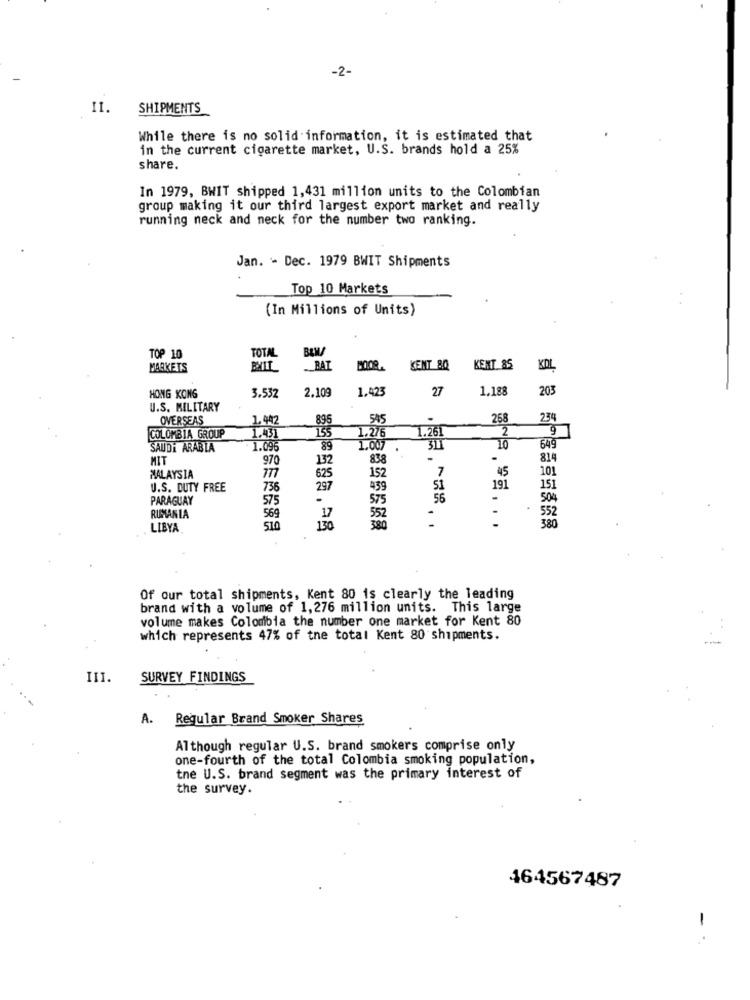
-2-
11.
SHIPMENTS
While there is no solid information, it is estimated that
in the current cigarette market, U.S. brands hold a 25%
share.
In 1979, BWIT shipped 1,431 million units to the Colombian
group making it our third largest export market and really
running neck and neck for the number two ranking.
Jan. - Dec. 1979 BWIT Shipments
Top 10 Markets
(In Millions of Units)
TOTAL
TOP 10
MARKETS
RAI
KENT 80
KENT 85
KOL
2,109
1.423
27
1.188
203
HONG KONG
3.532
U.S. MILITARY
OVERSEAS
1.442
896
545
258
234
155
1.26
2
9
COLOMBIA GROUP
1.431
1.276
SAUDI ARABIA
1.096
89
1.007
311
10
649
MIT
970
132
838
-
814
7
45
101
MALAYSIA
777
625
152
U.S. DUTY FREE
736
297
439
51
191
151
PARAGUAY
575
575
56
.
504
552
RUMANIA
569
17
552
-
380
LIBYA
130
380
-
Of our total shipments, Kent 80 is clearly the leading
brand with a volume of 1,276 million units. This large
volume makes Colombia the number one market for Kent 80
which represents 47% of the total Kent 80 shipments.
III.
SURVEY FINDINGS
A. Regular Brand Smoker Shares
Although regular U.S. brand smokers comprise only
one-fourth of the total Colombia smoking population,
tne U.S. brand segment was the primary interest of
the survey.
464567487
-